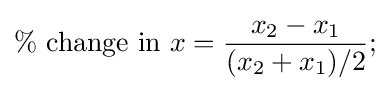
\%{\mbox{ change in }}x={\frac {x_{2}-x_{1}}{(x_{2}+x_{1})/2}};